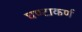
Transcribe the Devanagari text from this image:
घण्टाकर्ण